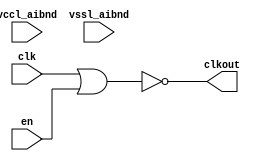
// This program was cloned from: https://github.com/chipsalliance/aib-phy-hardware
// License: Apache License 2.0

// SPDX-License-Identifier: Apache-2.0
// Copyright (C) 2019 Intel Corporation. 
// Verilog HDL and netlist files of
// "aibnd_lib aibnd_nor2 schematic"

// Netlisted models

// Library - aibnd_lib, Cell - aibnd_nor2, View - schematic
// LAST TIME SAVED: May  4 15:13:02 2015
// NETLIST TIME: May 11 08:42:44 2015
//`timescale 1ns / 1ns 

module aibnd_nor2 ( clkout, clk, en, vccl_aibnd, vssl_aibnd );

output  clkout;

input  clk, en, vccl_aibnd, vssl_aibnd;

// List of primary aliased buses

/*
specify 
    specparam CDS_LIBNAME  = "aibnd_lib";
    specparam CDS_CELLNAME = "aibnd_nor2";
    specparam CDS_VIEWNAME = "schematic";
endspecify
*/

assign clkout = ~( clk | en ) ;

endmodule


// End HDL models